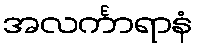
အလင်္ကာရာနံ